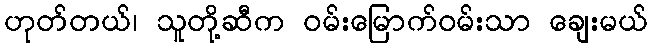
ဟုတ်တယ်၊ သူတို့ဆီက ဝမ်းမြောက်ဝမ်းသာ ချေးမယ်